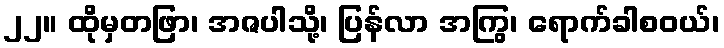
၂၂။ ထိုမှတဖြာ၊ အဇပါသို့၊ ပြန်လာ အကြွ၊ ရောက်ခါစဝယ်၊